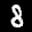
Label: 8